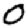
Digit: 0